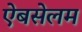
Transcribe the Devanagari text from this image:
ऐबसेलम